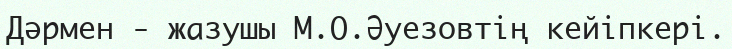
Дәрмен - жазушы М.О.Әуезовтің кейіпкері.